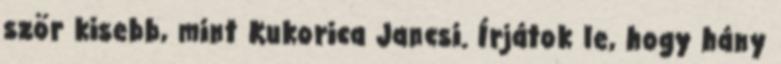
ször kisebb, mint Kukorica Jancsi. Írjátok le, hogy hány